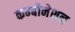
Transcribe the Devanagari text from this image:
कम्बीनेशन